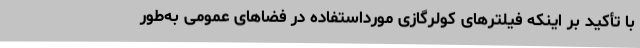
با تأکید بر اینکه فیلترهای کولرگازی مورداستفاده در فضاهای عمومی به‌طور